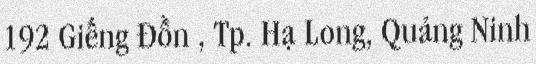
192 Giếng Đồn , Tp. Hạ Long, Quảng Ninh